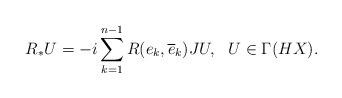
LaTeX: \begin{align*}R_{\ast}U=-i\sum_{k=1}^{n-1}R(e_k, \overline e_k)JU,~~ U\in\Gamma(HX).\end{align*}